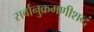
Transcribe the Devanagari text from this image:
सर्वानुक्रमणीशब्दं